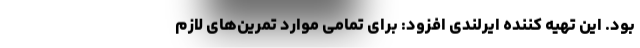
بود. این تهیه کننده ایرلندی افزود: برای تمامی موارد تمرین‌های لازم